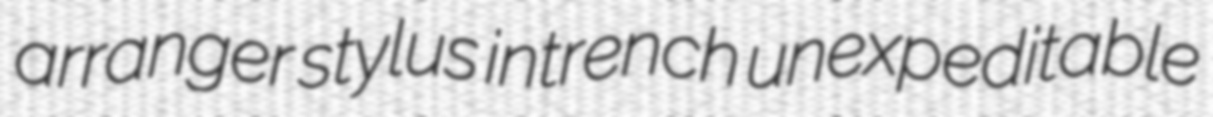
arranger stylus intrench unexpeditable